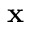
\mathbf { x }